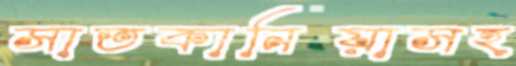
সাতকানিয়াসহ